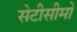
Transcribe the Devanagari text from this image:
सेटीसीमो